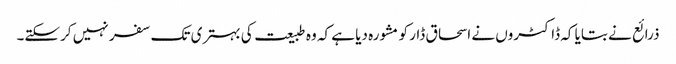
ذرائع نے بتایا کہ ڈاکٹروں نے اسحاق ڈار کو مشورہ دیا ہے کہ وہ طبیعت کی بہتری تک سفر نہیں کرسکتے۔